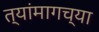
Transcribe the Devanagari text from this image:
त्यांमागच्या